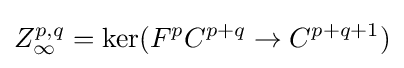
Z_{\infty }^{p,q}=\ker(F^{p}C^{p+q}\rightarrow C^{p+q+1})